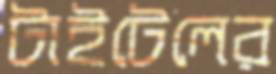
টাইটেলের